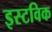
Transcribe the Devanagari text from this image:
इस्टविक